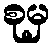
စုမှ